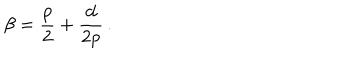
\beta = { \frac { p } { 2 } } + { \frac { d } { 2 p } } \, .